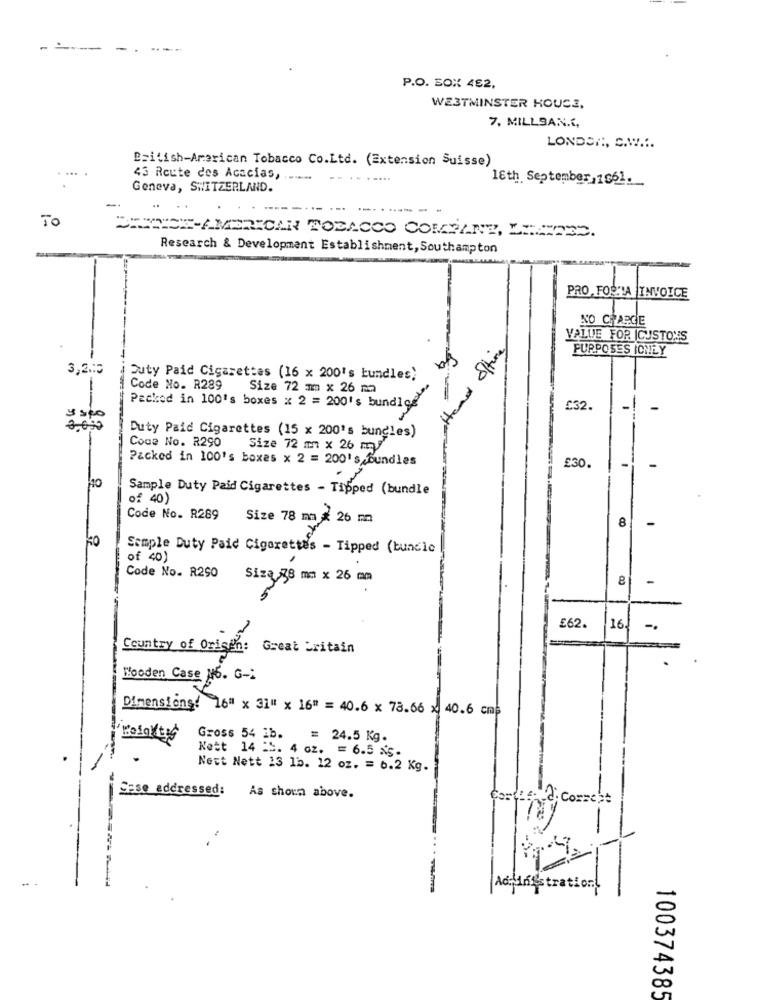
-
P.O. BOX 482,
WESTMINSTER HOUSE,
7. MILLSAN.“,
LONDON, C.W ....
British-American Tobacco Co.Ltd. (Extension Suisse)
...
43 Route des Acacias,
---
-...
18th September, 1061.
Geneva, SWITZERLAND.
TO
CHWYCE-AMERICAN TOBACCO COMPANY, LECZRED.
Research & Development Establishment, Southampton
NO CHARGE
VALUE FOR ICUSTOYS
attend offire
PURPOSES ICHEY
3,2.00
Duty Paid Cigarettes (16 x 200's bundles)
-
--
Code No. R289 Size 72 mm x 26 ma
Packed in 100's boxes x 2 = 200's bundleg
£32.
$ spo
Duty Paid Cigarettes (15 x 200's bungles)
Code No. R290
Size 72 mm x 26 my
Packed in 100's boxes x 2 = 200's Bundles
£30.
Sample Duty Paid Cigarettes - Tipped (bundle
of 40)
Code No. R289
Size 78 mm x 26 mm
8
ko
Sample Duty Paid Cigarettes - Tipped (bundle
of 40 )
Code No. R290
Siza 78 mm x 26 mm
-
£62.
16
-.
Country of Origin :
Great britain
Wooden Case M6. G -:
Dimensions: 16" x 31" x 16" = 40.6 x 78.66 x 40.6 cm
Gross 54 1b.
= 24.5 Kg.
Nett 14 =5. 4 oz. = 6.5 NS.
-
Nest Nett 13 1b. 12 oz. = 6.2 Kg.
Sese addressed:
As shown above.
Cortes
¡ Correct
ation
100374385